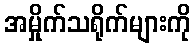
အမှိုက်သရိုက်များကို